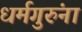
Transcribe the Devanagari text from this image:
धर्मगुरुंना